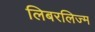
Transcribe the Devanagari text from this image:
लिबरलिज्म